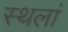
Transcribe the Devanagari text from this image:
स्थलां